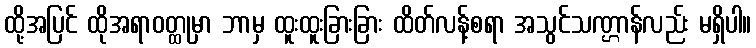
ထို့အပြင် ထိုအရာဝတ္ထုမှာ ဘာမှ ထူးထူးခြားခြား ထိတ်လန့်စရာ အသွင်သဏ္ဌာန်လည်း မရှိပါ။